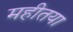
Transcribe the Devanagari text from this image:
महीतया